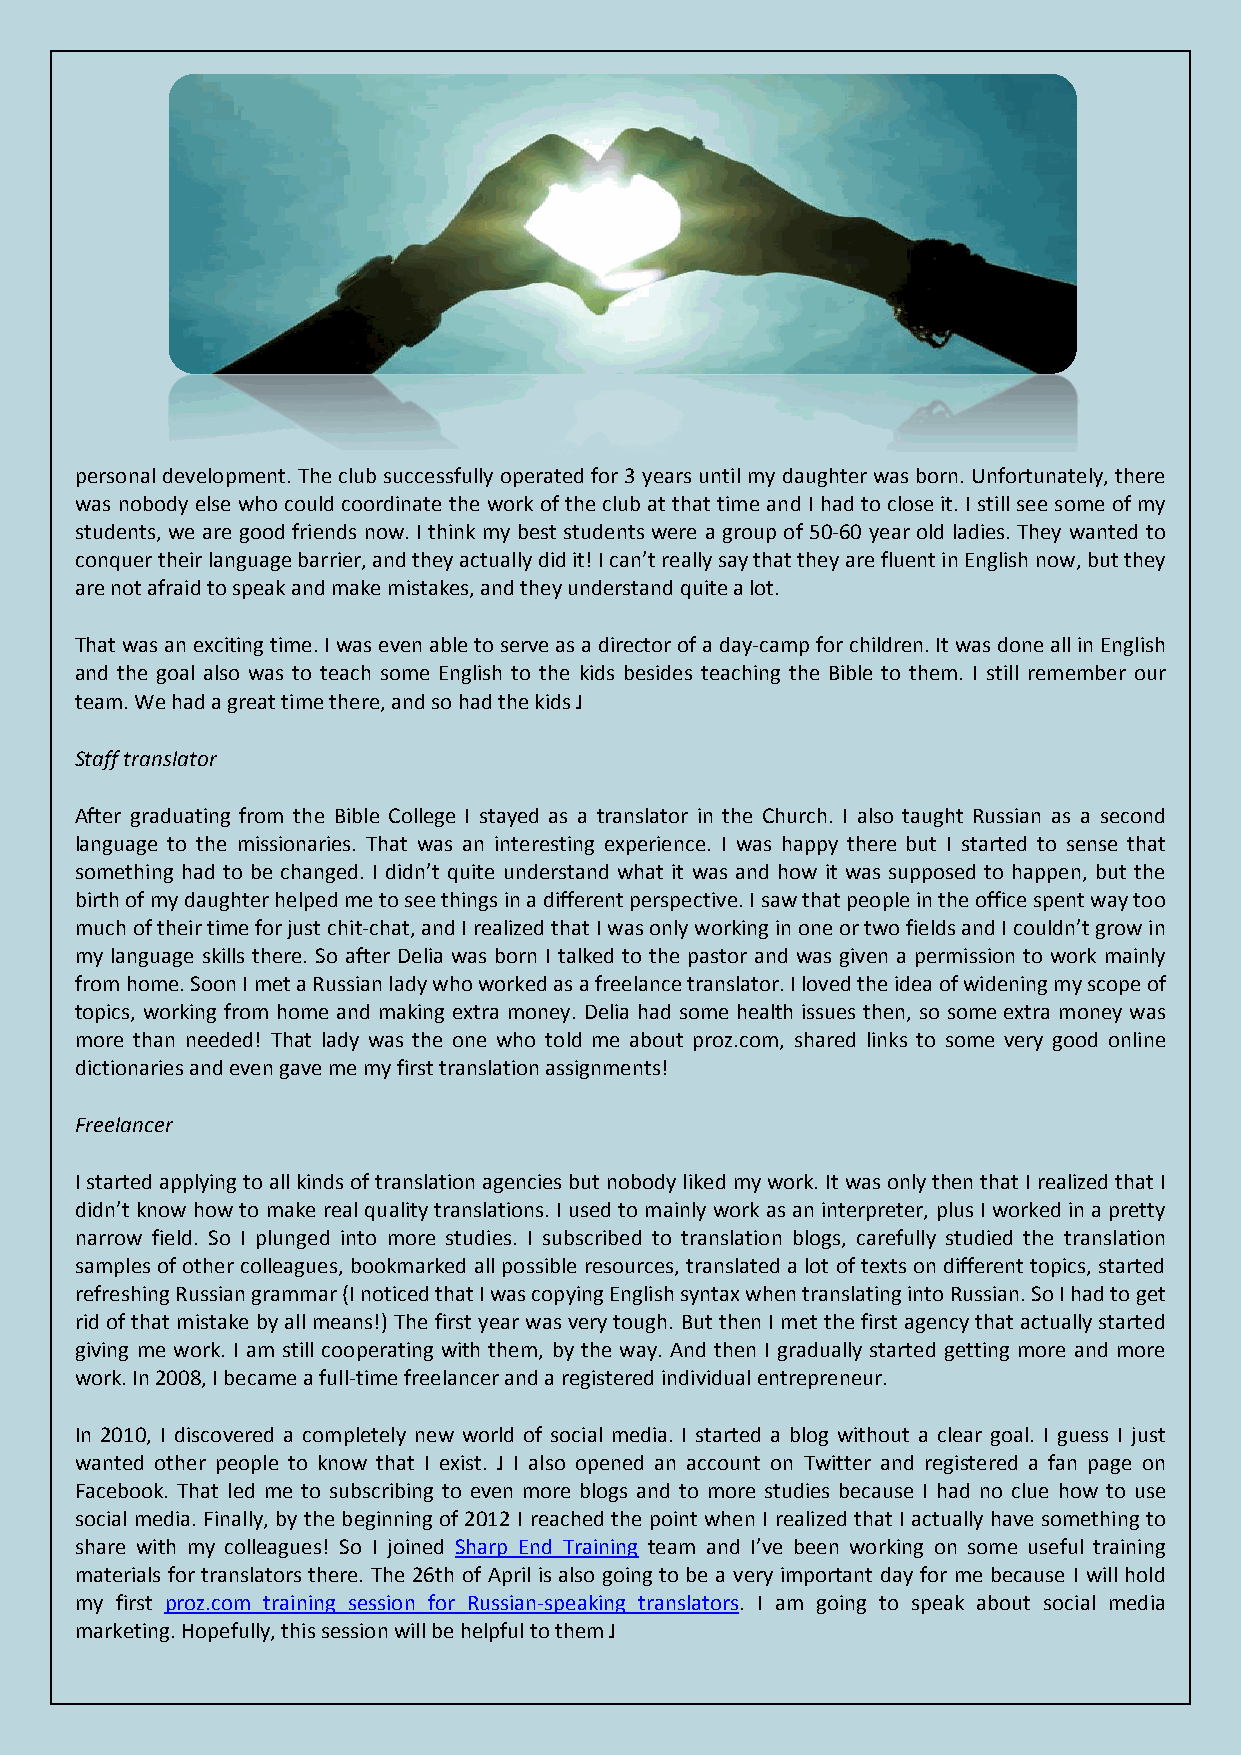
personal development. The club successfully operated for 3 years until my daughter was born. Unfortunately, there
 was nobody else who could coordinate the work of the club at that time and I had to close it. I still see some of my
 students, we are good friends now. I think my best students were a group of 50-60 year old ladies. They wanted to
 conquer their language barrier, and they actually did it! I can’t really say that they are fluent in English now, but they
 are not afraid to speak and make mistakes, and they understand quite a lot.
 That was an exciting time. I was even able to serve as a director of a day-camp for children. It was done all in English
 and the goal also was to teach some English to the kids besides teaching the Bible to them. I still remember our
 team. We had a great time there, and so had the kids J
 Staff translator
 After graduating from the Bible College I stayed as a translator in the Church. I also taught Russian as a second
 language to the missionaries. That was an interesting experience. I was happy there but I started to sense that
 something had to be changed. I didn’t quite understand what it was and how it was supposed to happen, but the
 birth of my daughter helped me to see things in a different perspective. I saw that people in the office spent way too
 much of their time for just chit-chat, and I realized that I was only working in one or two fields and I couldn’t grow in
 my language skills there. So after Delia was born I talked to the pastor and was given a permission to work mainly
 from home. Soon I met a Russian lady who worked as a freelance translator. I loved the idea of widening my scope of
 topics, working from home and making extra money. Delia had some health issues then, so some extra money was
 more than needed! That lady was the one who told me about proz.com, shared links to some very good online
 dictionaries and even gave me my first translation assignments!
 Freelancer
 I started applying to all kinds of translation agencies but nobody liked my work. It was only then that I realized that I
 didn’t know how to make real quality translations. I used to mainly work as an interpreter, plus I worked in a pretty
 narrow field. So I plunged into more studies. I subscribed to translation blogs, carefully studied the translation
 samples of other colleagues, bookmarked all possible resources, translated a lot of texts on different topics, started
 refreshing Russian grammar (I noticed that I was copying English syntax when translating into Russian. So I had to get
 rid of that mistake by all means!) The first year was very tough. But then I met the first agency that actually started
 giving me work. I am still cooperating with them, by the way. And then I gradually started getting more and more
 work. In 2008, I became a full-time freelancer and a registered individual entrepreneur.
 In 2010, I discovered a completely new world of social media. I started a blog without a clear goal. I guess I just
 wanted other people to know that I exist. J I also opened an account on Twitter and registered a fan page on
 Facebook. That led me to subscribing to even more blogs and to more studies because I had no clue how to use
 social media. Finally, by the beginning of 2012 I reached the point when I realized that I actually have something to
 share with my colleagues! So I joined Sharp End Training team and I’ve been working on some useful training
 materials for translators there. The 26th of April is also going to be a very important day for me because I will hold
 my first proz.com training session for Russian-speaking translators. I am going to speak about social media
 marketing. Hopefully, this session will be helpful to them J